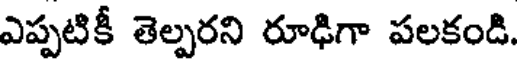
ఎప్పటికీ తెల్పరని రూఢిగా పలకండి.